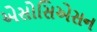
એસોસિએસન